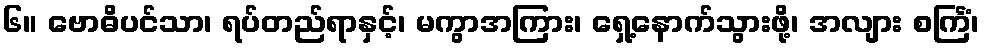
၆။ ဗောဓိပင်သာ၊ ရပ်တည်ရာနှင့်၊ မကွာအကြား၊ ရှေ့နောက်သွားဖို့၊ အလျား စင်္ကြံ၊